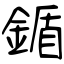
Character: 鍎